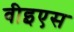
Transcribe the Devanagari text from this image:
वीइएस